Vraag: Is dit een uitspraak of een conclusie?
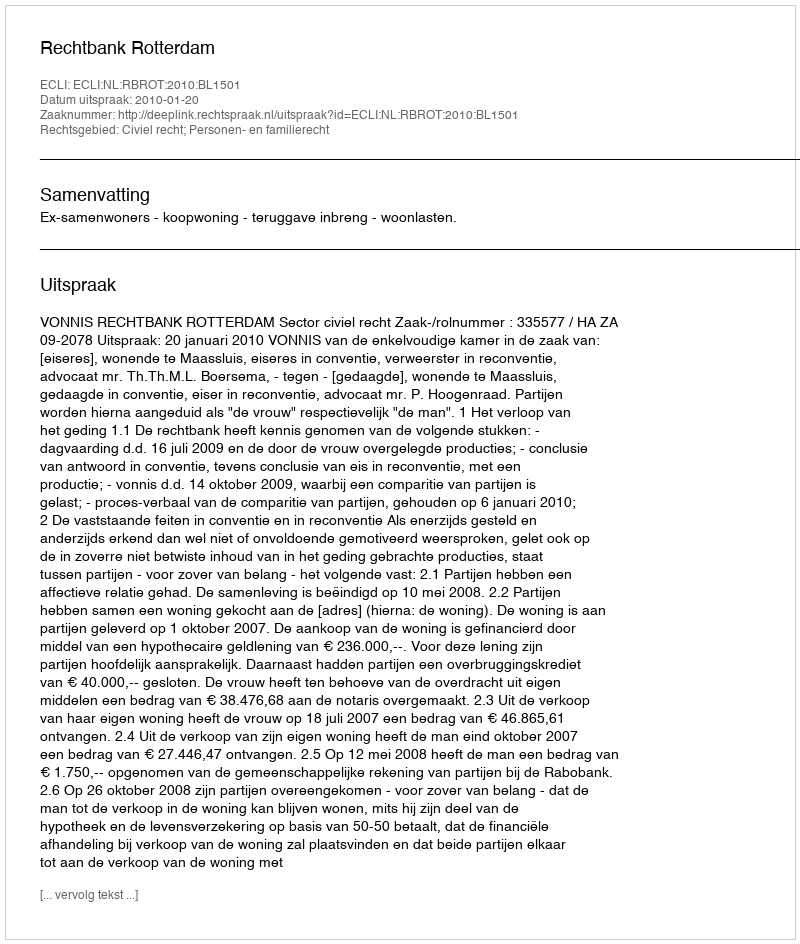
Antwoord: Uitspraak